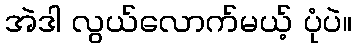
အဲဒါ လွယ်လောက်မယ့် ပုံပဲ။